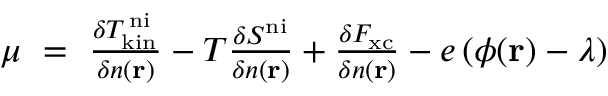
\begin{array} { r } { \mu \ = \ \frac { \delta T _ { \mathrm { k i n } } ^ { \mathrm { \, n i } } } { \delta n ( \mathbf { r } ) } - T \frac { \delta S ^ { \mathrm { n i } } } { \delta n ( \mathbf { r } ) } + \frac { \delta F _ { \mathrm { x c } } } { \delta n ( \mathbf { r } ) } - e \, ( \phi ( \mathbf { r } ) - \lambda ) } \end{array}